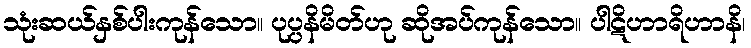
သုံးဆယ်နှစ်ပါးကုန်သော။ ပုပ္ပနိမိတ်ဟု ဆိုအပ်ကုန်သော။ ပါဋိဟာရိဟာနိ၊